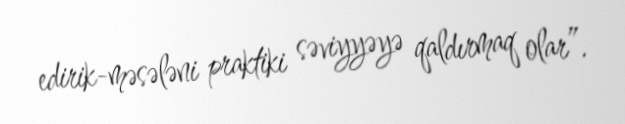
edirik-məsələni praktiki səviyyəyə qaldırmaq olar”.